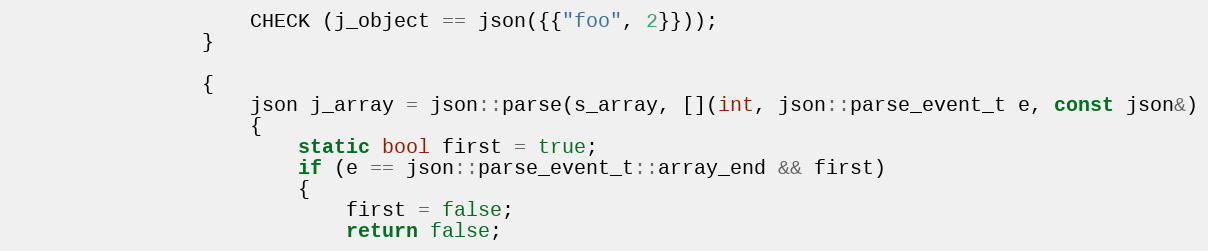
Language: C++
                    CHECK (j_object == json({{"foo", 2}}));
                }

                {
                    json j_array = json::parse(s_array, [](int, json::parse_event_t e, const json&)
                    {
                        static bool first = true;
                        if (e == json::parse_event_t::array_end && first)
                        {
                            first = false;
                            return false;